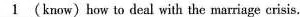
\underline{1} (know)how to deal with the marriage crisis.